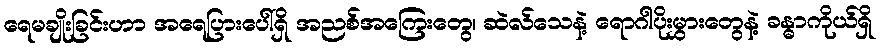
ရေမချိုးခြင်းဟာ အရေပြားပေါ်ရှိ အညစ်အကြေးတွေ၊ ဆဲလ်သေနဲ့ ရောဂါပိုးမွှားတွေနဲ့ ခန္ဓာကိုယ်ရှိ